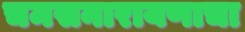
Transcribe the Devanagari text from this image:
चमसनारायणाचा